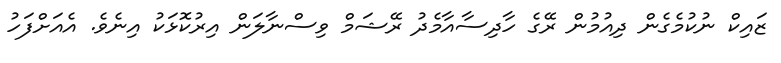
ޒައިކް ނުކުމެގެން ދިއުމުން ރޭގެ ހާދިސާއާމެދު ރޭޝަމް ވިސްނާލަން އިރުކޮޅަކު އިނެވެ. އެއަށްފަހު